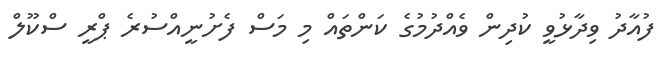
ފުއާދު ވިދާޅުވީ ކުދިން ވެއްދުމުގެ ކަންތައް މި މަސް ފެށުނީއްސުރެ ޕްރީ ސްކޫލް